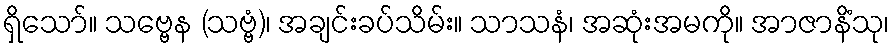
ရှိသော်။ သဗ္ဗေန (သဗ္ဗံ)၊ အချင်းခပ်သိမ်း။ သာသနံ၊ အဆုံးအမကို။ အာဇာနိံသု၊